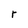
Character: r